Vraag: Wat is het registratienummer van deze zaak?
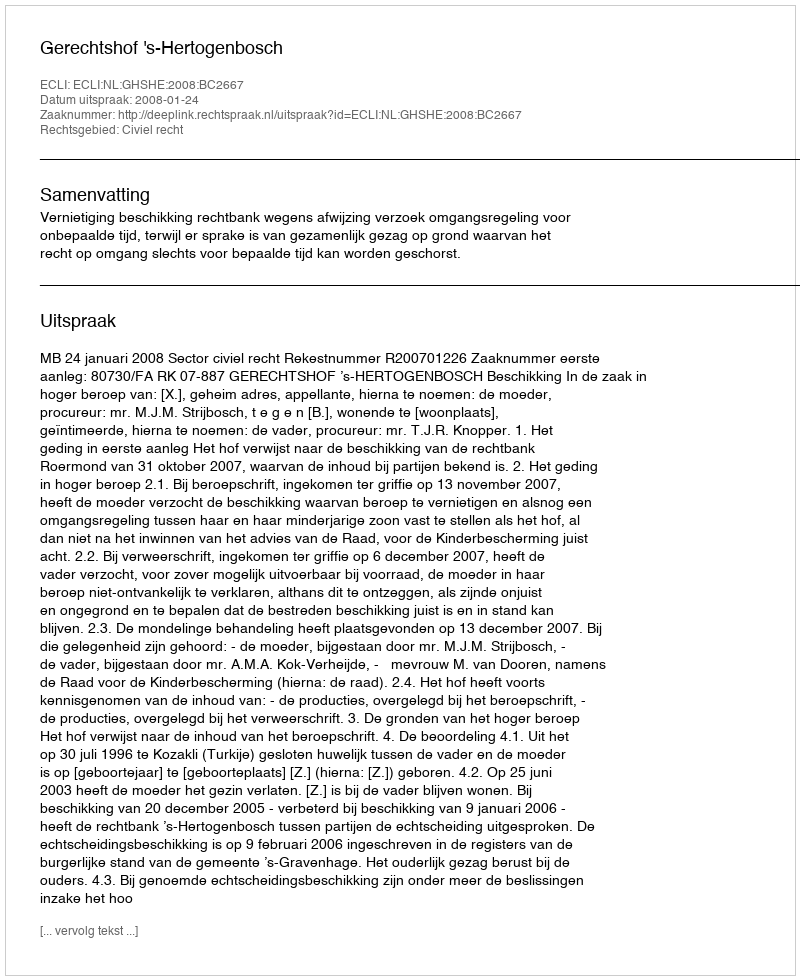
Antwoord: http://deeplink.rechtspraak.nl/uitspraak?id=ECLI:NL:GHSHE:2008:BC2667